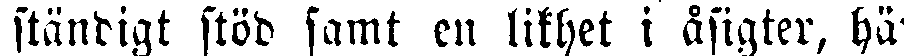
ständigt stöd samt en likhet i åsigter, här